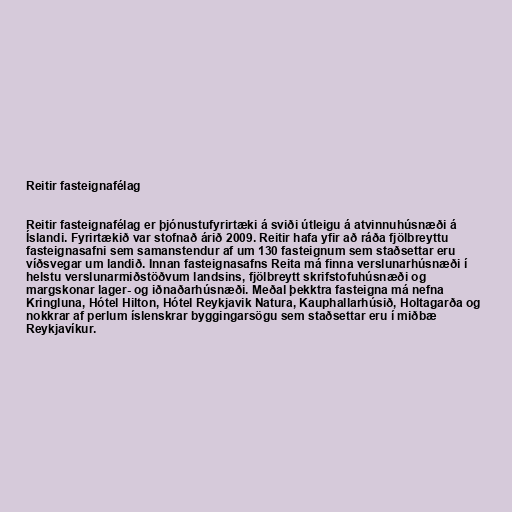
Reitir fasteignafélag

Reitir fasteignafélag er þjónustufyrirtæki á sviði útleigu á atvinnuhúsnæði á
Íslandi. Fyrirtækið var stofnað árið 2009. Reitir hafa yfir að ráða fjölbreyttu
fasteignasafni sem samanstendur af um 130 fasteignum sem staðsettar eru
víðsvegar um landið. Innan fasteignasafns Reita má finna verslunarhúsnæði í
helstu verslunarmiðstöðvum landsins, fjölbreytt skrifstofuhúsnæði og
margskonar lager- og iðnaðarhúsnæði. Meðal þekktra fasteigna má nefna
Kringluna, Hótel Hilton, Hótel Reykjavik Natura, Kauphallarhúsið, Holtagarða og
nokkrar af perlum íslenskrar byggingarsögu sem staðsettar eru í miðbæ
Reykjavíkur.